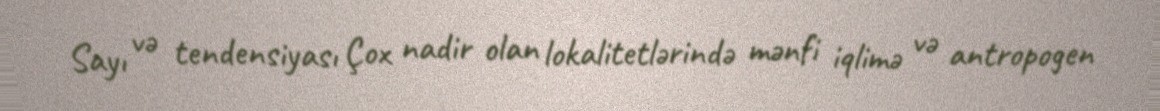
Sayı və tendensiyası Çox nadir olan lokalitetlərində mənfi iqlimə və antropogen